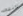
ثانيه